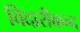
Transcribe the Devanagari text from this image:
विदारीकन्द